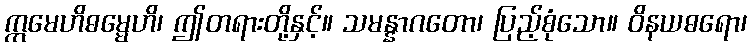
ဣမေဟိဓမ္မေဟိ၊ ဤတရားတို့နှင့်။ သမန္နာဂတော၊ ပြည့်စုံသော။ ဝိနယဓရော၊